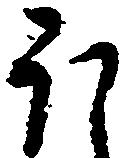
ほ